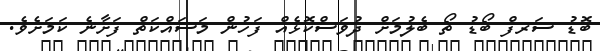
ބޮޑު ސަރފް ބޯޑު ތޯ ބެލުމަށް ދުވަސްކޮޅެއް ފަހުން މަސައްކަތް ފަށާނެ ކަމަށެވެ.